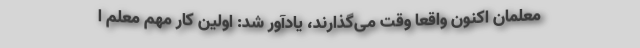
معلمان اکنون واقعا وقت می‌گذارند، یادآور شد: اولین کار مهم معلم ا